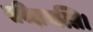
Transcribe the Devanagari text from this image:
पविझमल्लि।